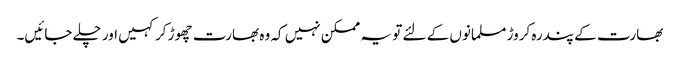
بھارت کے پندرہ کروڑ مسلمانوں کے لئے تو یہ ممکن نہیں کہ وہ بھارت چھوڑ کر کہیں اور چلے جائیں۔